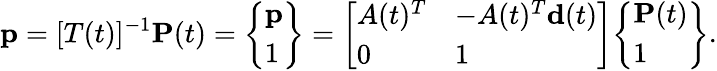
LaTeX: {\textbf{p}}=[T(t)]^{-1}{\textbf{P}}(t)={\left\{ \begin{array}{l}{{\textbf{p}}}\\ {1}\end{array}\right\} }={\left[\begin{array}{ll}{A(t)^{T}}&{-A(t)^{T}{\textbf{d}}(t)}\\ {0}&{1}\end{array}\right]}{\left\{ \begin{array}{l}{{\textbf{P}}(t)}\\ {1}\end{array}\right\} }.